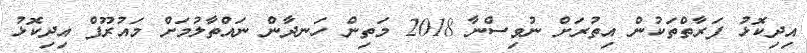
އިދިކޮޅު ފަރާތްތަކުން އިތުރަށް ނުވިސްނާ 2018 މަތިން ހަނދާން ނައްތާލުމަށް މައުރޫފް އިދިކޮޅު